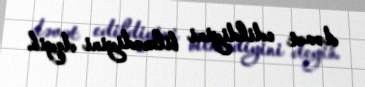
dəvət edildiyini bilmədiyini deyib.